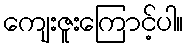
ကျေးဇူးကြောင့်ပါ။